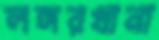
লঙ্গরখানা